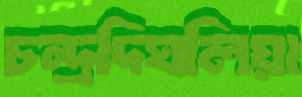
চন্দ্রদিঘলিয়া